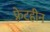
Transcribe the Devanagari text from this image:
फ़्रेटहीन